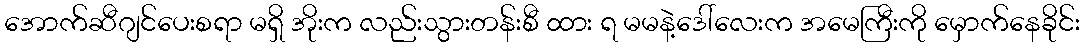
အောက်ဆီဂျင်ပေးစရာ မရှိ အိုးက လည်းသွားတန်းစီ ထား ရ မမနဲ့ဒေါ်လေးက အမေကြီးကို မှောက်နေခိုင်း